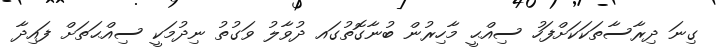
ގިނަ ދިރާސާތަކަކަށްފަހު ސިއްޙީ މާހިރުން ބުނާގޮތުގައ ދުވާލު ވަގުތު ނިދުމަކީ ސިއްޙަތަށް ފައިދާ